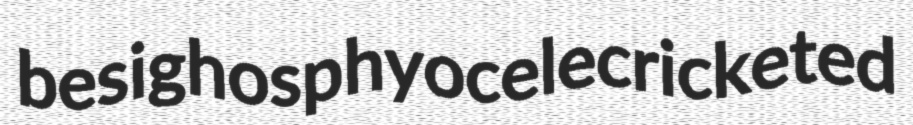
besigh osphyocele cricketed